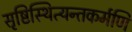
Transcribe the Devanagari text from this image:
सृष्टिस्थित्यन्तकर्मणि